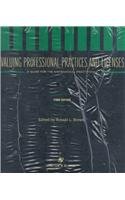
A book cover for Valuing Professional Practices and Licenses: A Guide for the Matrimonial Practitioner; Ronald L. Brown; Law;